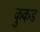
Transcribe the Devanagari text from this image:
कुकड